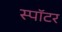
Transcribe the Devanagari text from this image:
स्पॉटर